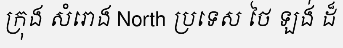
ក្រុង សំរោង North ប្រទេស ថៃ ឡង់ ដ៏